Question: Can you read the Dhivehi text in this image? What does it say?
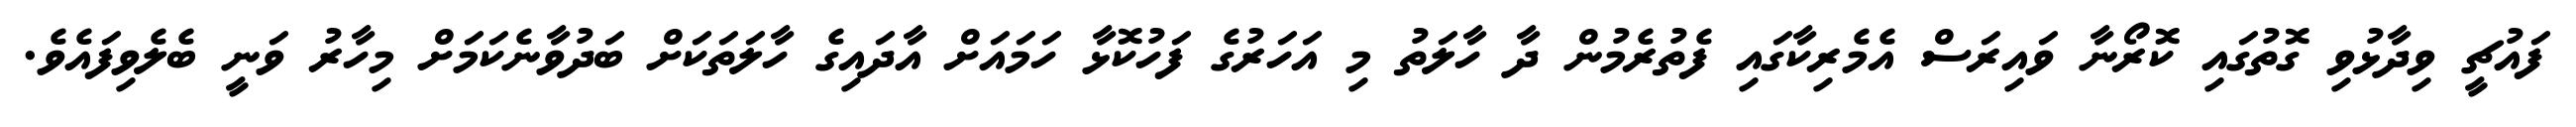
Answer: ފައުޗީ ވިދާޅުވި ގޮތުގައި ކޮރޯނާ ވައިރަސް އެމެރިކާގައި ފެތުރެމުން ދާ ހާލަތު މި އަހަރުގެ ފަހުކޮޅާ ހަމައަށް އާދައިގެ ހާލަތަކަށް ބަދުވާނެކަމަށް މިހާރު ވަނީ ބެލެވިފައެވެ.